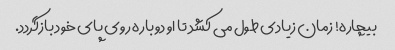
بیچاره! زمان زیادی طول می کشد تا او دوباره روی پای خود بازگردد.